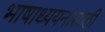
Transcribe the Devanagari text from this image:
भाषाध्ययनासाठी